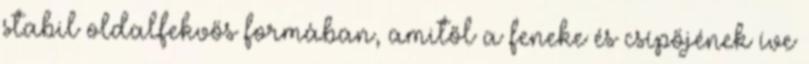
stabil oldalfekvős formában, amitől a feneke és csípőjének íve